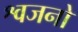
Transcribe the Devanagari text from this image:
श्वजनो